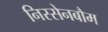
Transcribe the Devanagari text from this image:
निस्सेनबौम